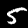
Digit: 5